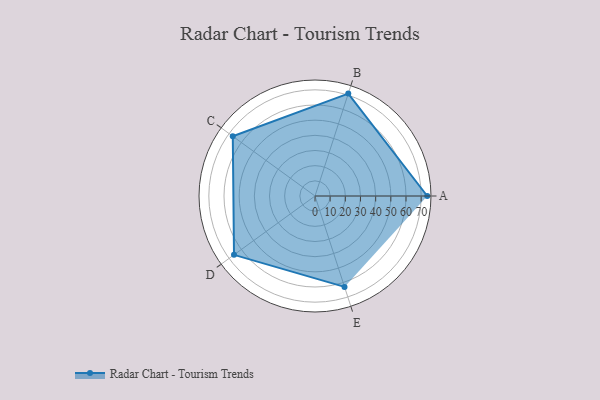
{"axis": {"x": "Skill", "y": "Score"}, "legend": ["Profile"], "data": [{"x": "A", "y": 74.0, "type": "Profile"}, {"x": "B", "y": 71.0, "type": "Profile"}, {"x": "C", "y": 67.0, "type": "Profile"}, {"x": "D", "y": 66.0, "type": "Profile"}, {"x": "E", "y": 63.0, "type": "Profile"}]}